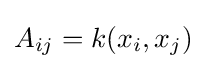
A_{ij}=k(x_{i},x_{j})